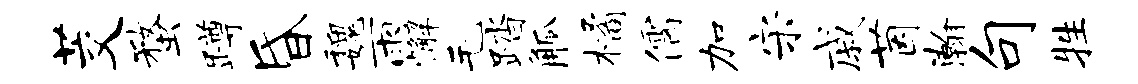
茭蝥蹲昏魏雨懈毛踏觚橘儒加宋戚茵瀚句牲